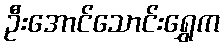
ဦးအောင်သောင်းရွှေက